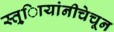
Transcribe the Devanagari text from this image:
स्त्र्िायांनीचेचून